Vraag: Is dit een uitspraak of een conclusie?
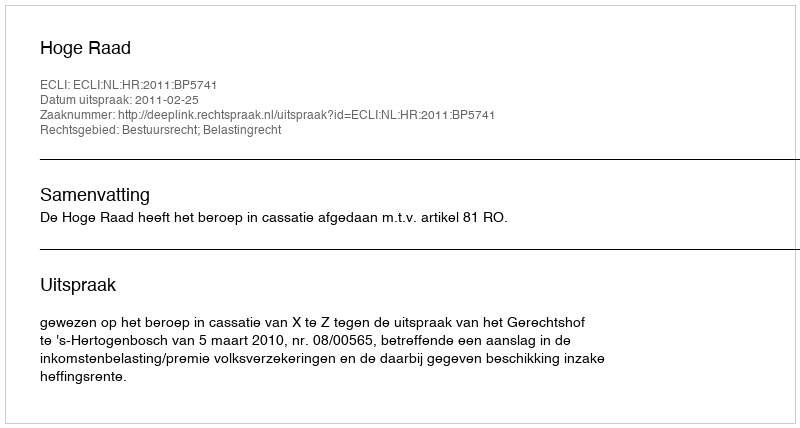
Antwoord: Uitspraak